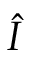
\hat { I }